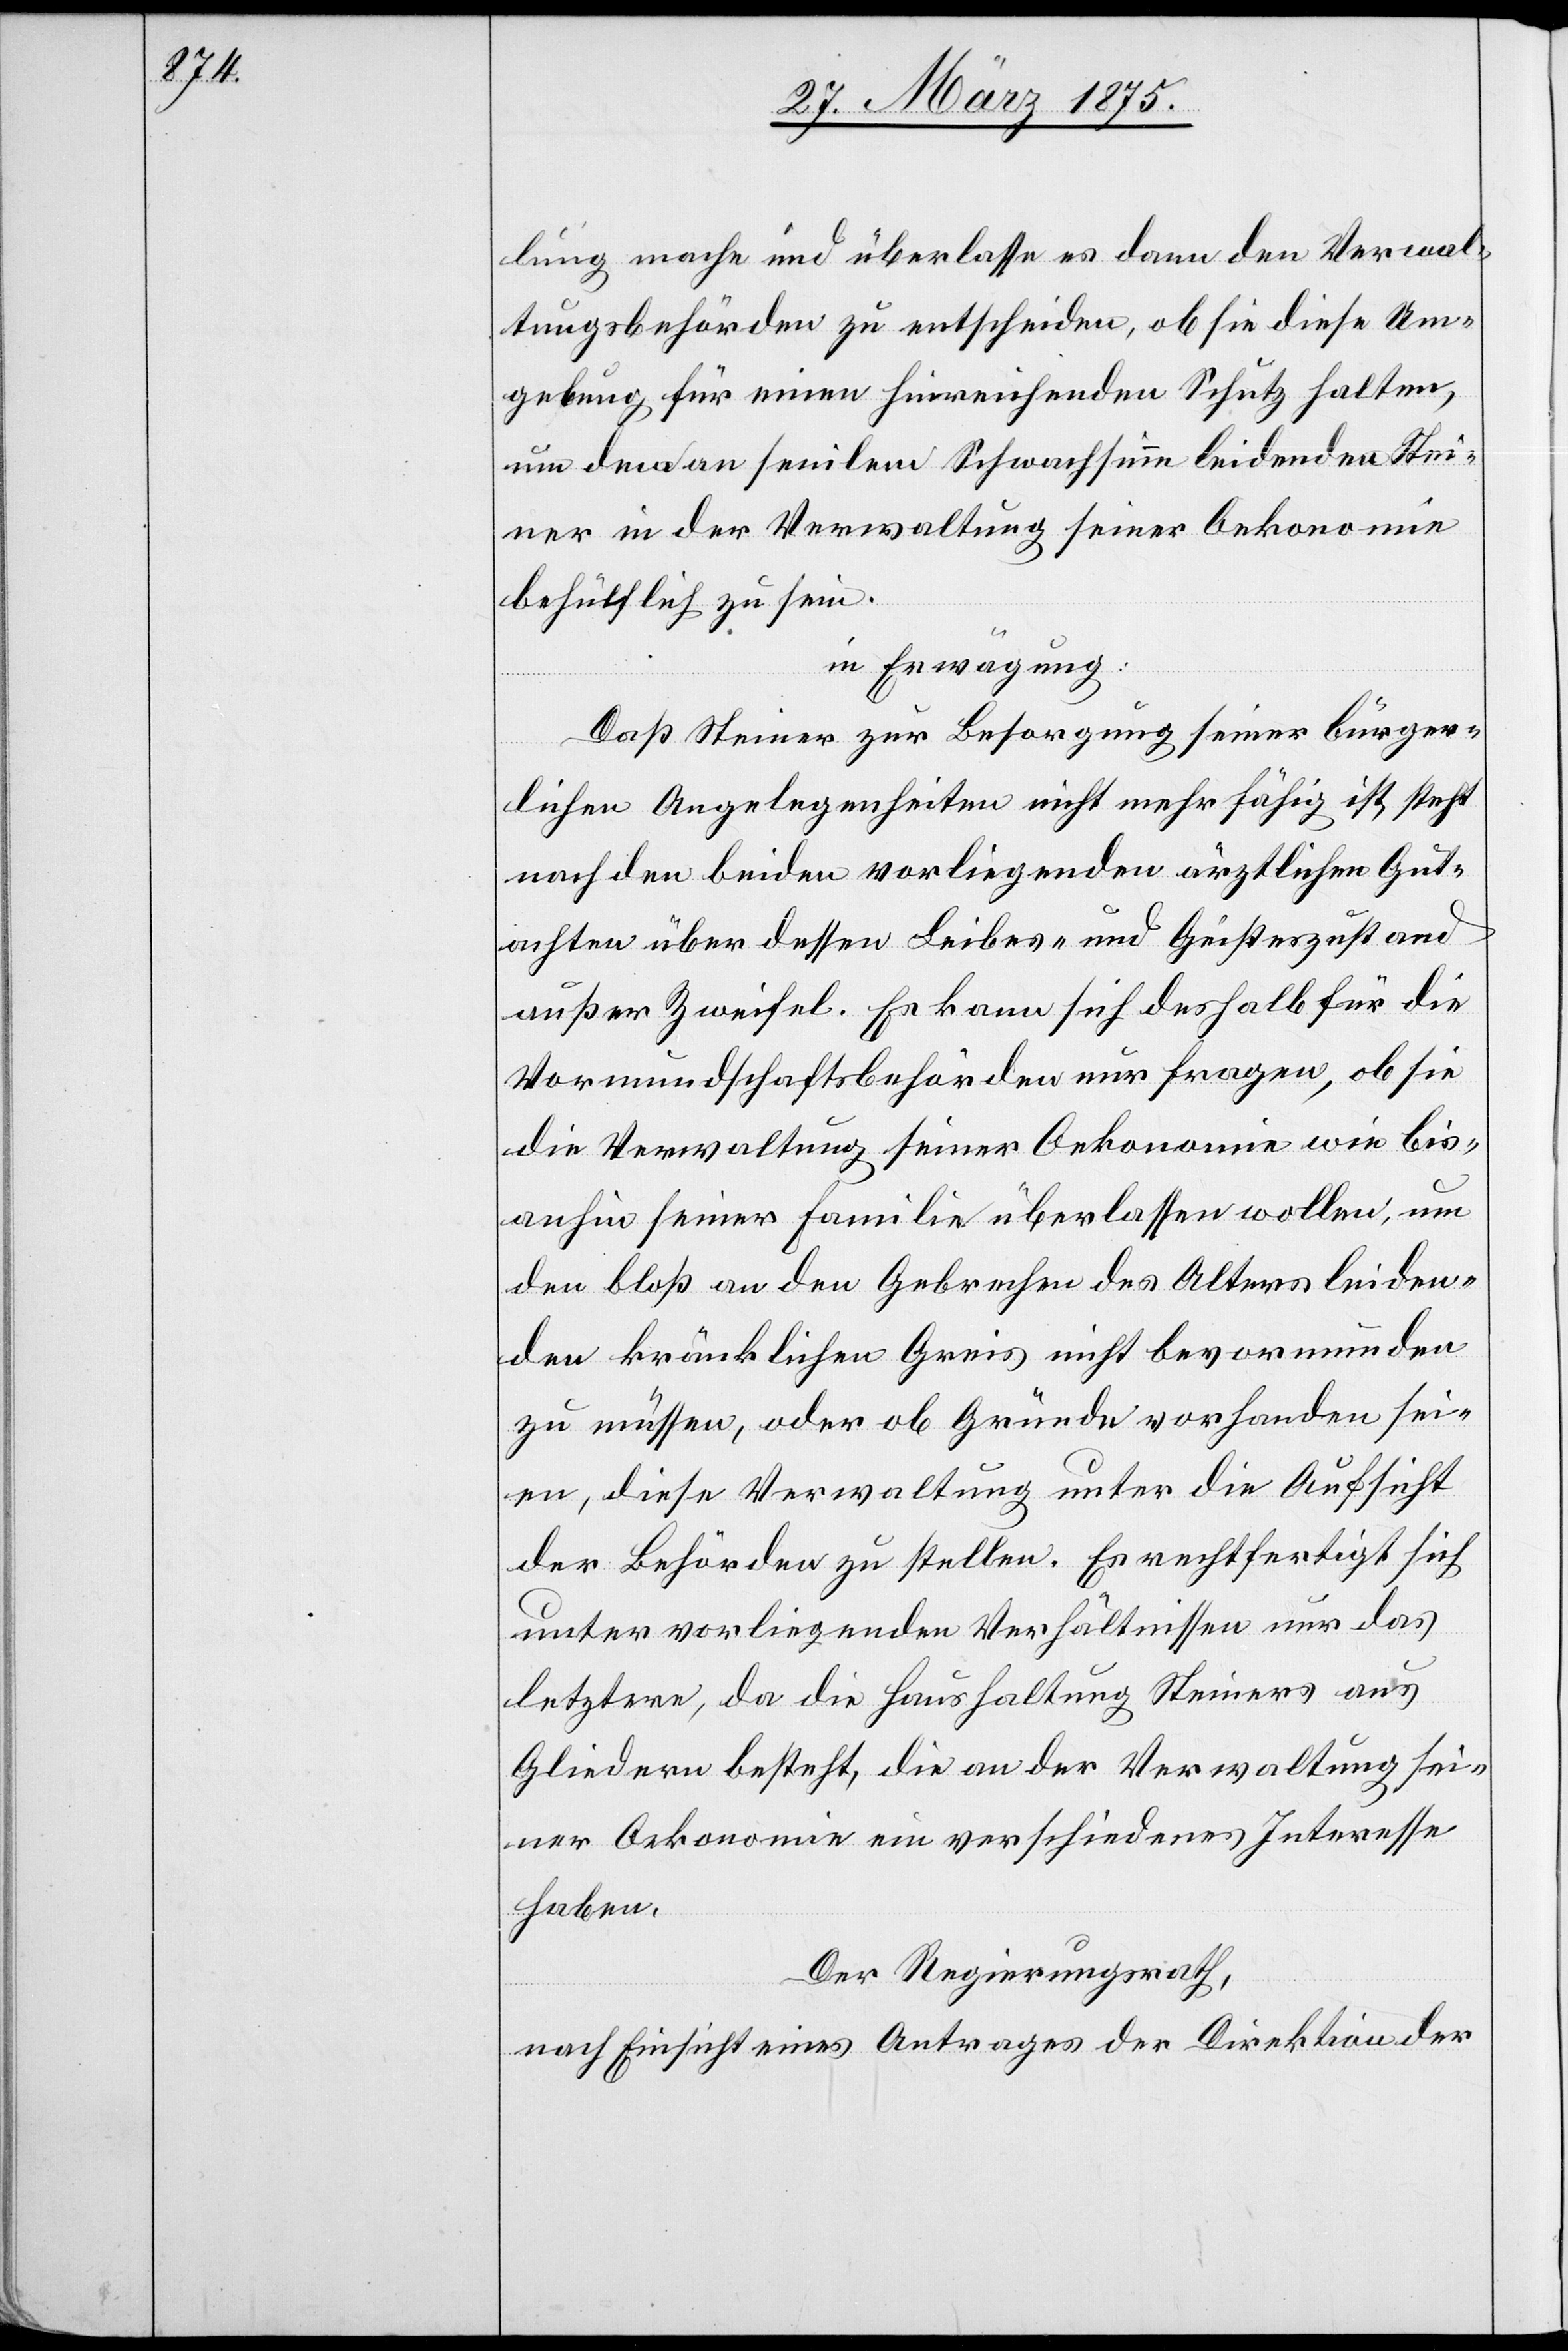
achten

lung mache und überlasse es dann den Verwal¬
tungsbehörden zu entscheiden, ob sie diese Um¬
gebung für einen hinreichenden Schutz halten,
um dem an senilem Schwachsinn leidenden Stei¬
ner in der Verwaltung seiner Oekonomie
behülflich zu sein.
in Erwägung:
Das Steiner zur Besorgung seiner bürger¬
lichen Angelegenheiten nicht mehr fähig ist, steht
nach den beiden vorliegenden ärztlichen Gut¬
außer Zweifel. Es kann sich deshalb für die
Vormundschaftsbehörden nur fragen, ob sie
die Verwaltung seiner Oekonomie wie bis
anhin seiner Familie überlassen wollen, um
den bloß an den Gebrechen des Alters leiden¬
den kränklichen Greis nicht bevormunden
zu müssen, oder ob Gründe vorhanden sei¬
en, diese Verwaltung unter die Aufsicht
der Behörden zu stellen. Es rechtfertigt sich
unter vorliegenden Verhältnissen nur das
letztere, da die Haushaltung Steiners aus
Gliedern besteht die an der Verwaltung sei¬
ner Oekonomie ein verschiedenes Interesse
haben.
Der Regierungsrath,
nach Einsicht eines Antrages der Direktion der